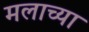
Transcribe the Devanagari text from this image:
मलाच्या